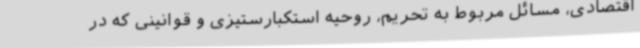
اقتصادی، مسائل مربوط به تحریم، روحیه استکبارستیزی و قوانینی که در